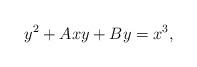
LaTeX: \begin{align*}y^2 + A xy + B y = x^3,\end{align*}